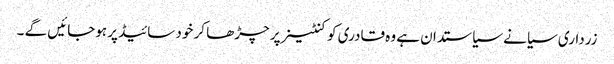
زرداری سیانے سیاستدان ہے وہ قادری کو کنٹینر پر چڑھا کر خود سائیڈ پر ہوجائیں گے ۔